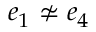
e _ { 1 } \nsimeq e _ { 4 }